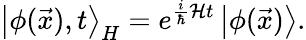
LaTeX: \left|\phi(\vec{x}),t\right>_{H}=e^{\frac{i}{\hbar}{\cal{H}}t}\left|\phi(\vec{x})\right>.